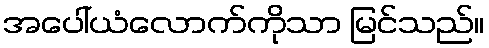
အပေါ်ယံလောက်ကိုသာ မြင်သည်။